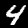
Label: 4